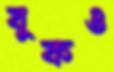
বুকও